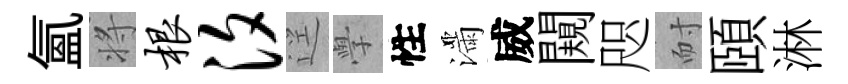
氳将根汐逕𭓕性滿威闚咫耐頤淋